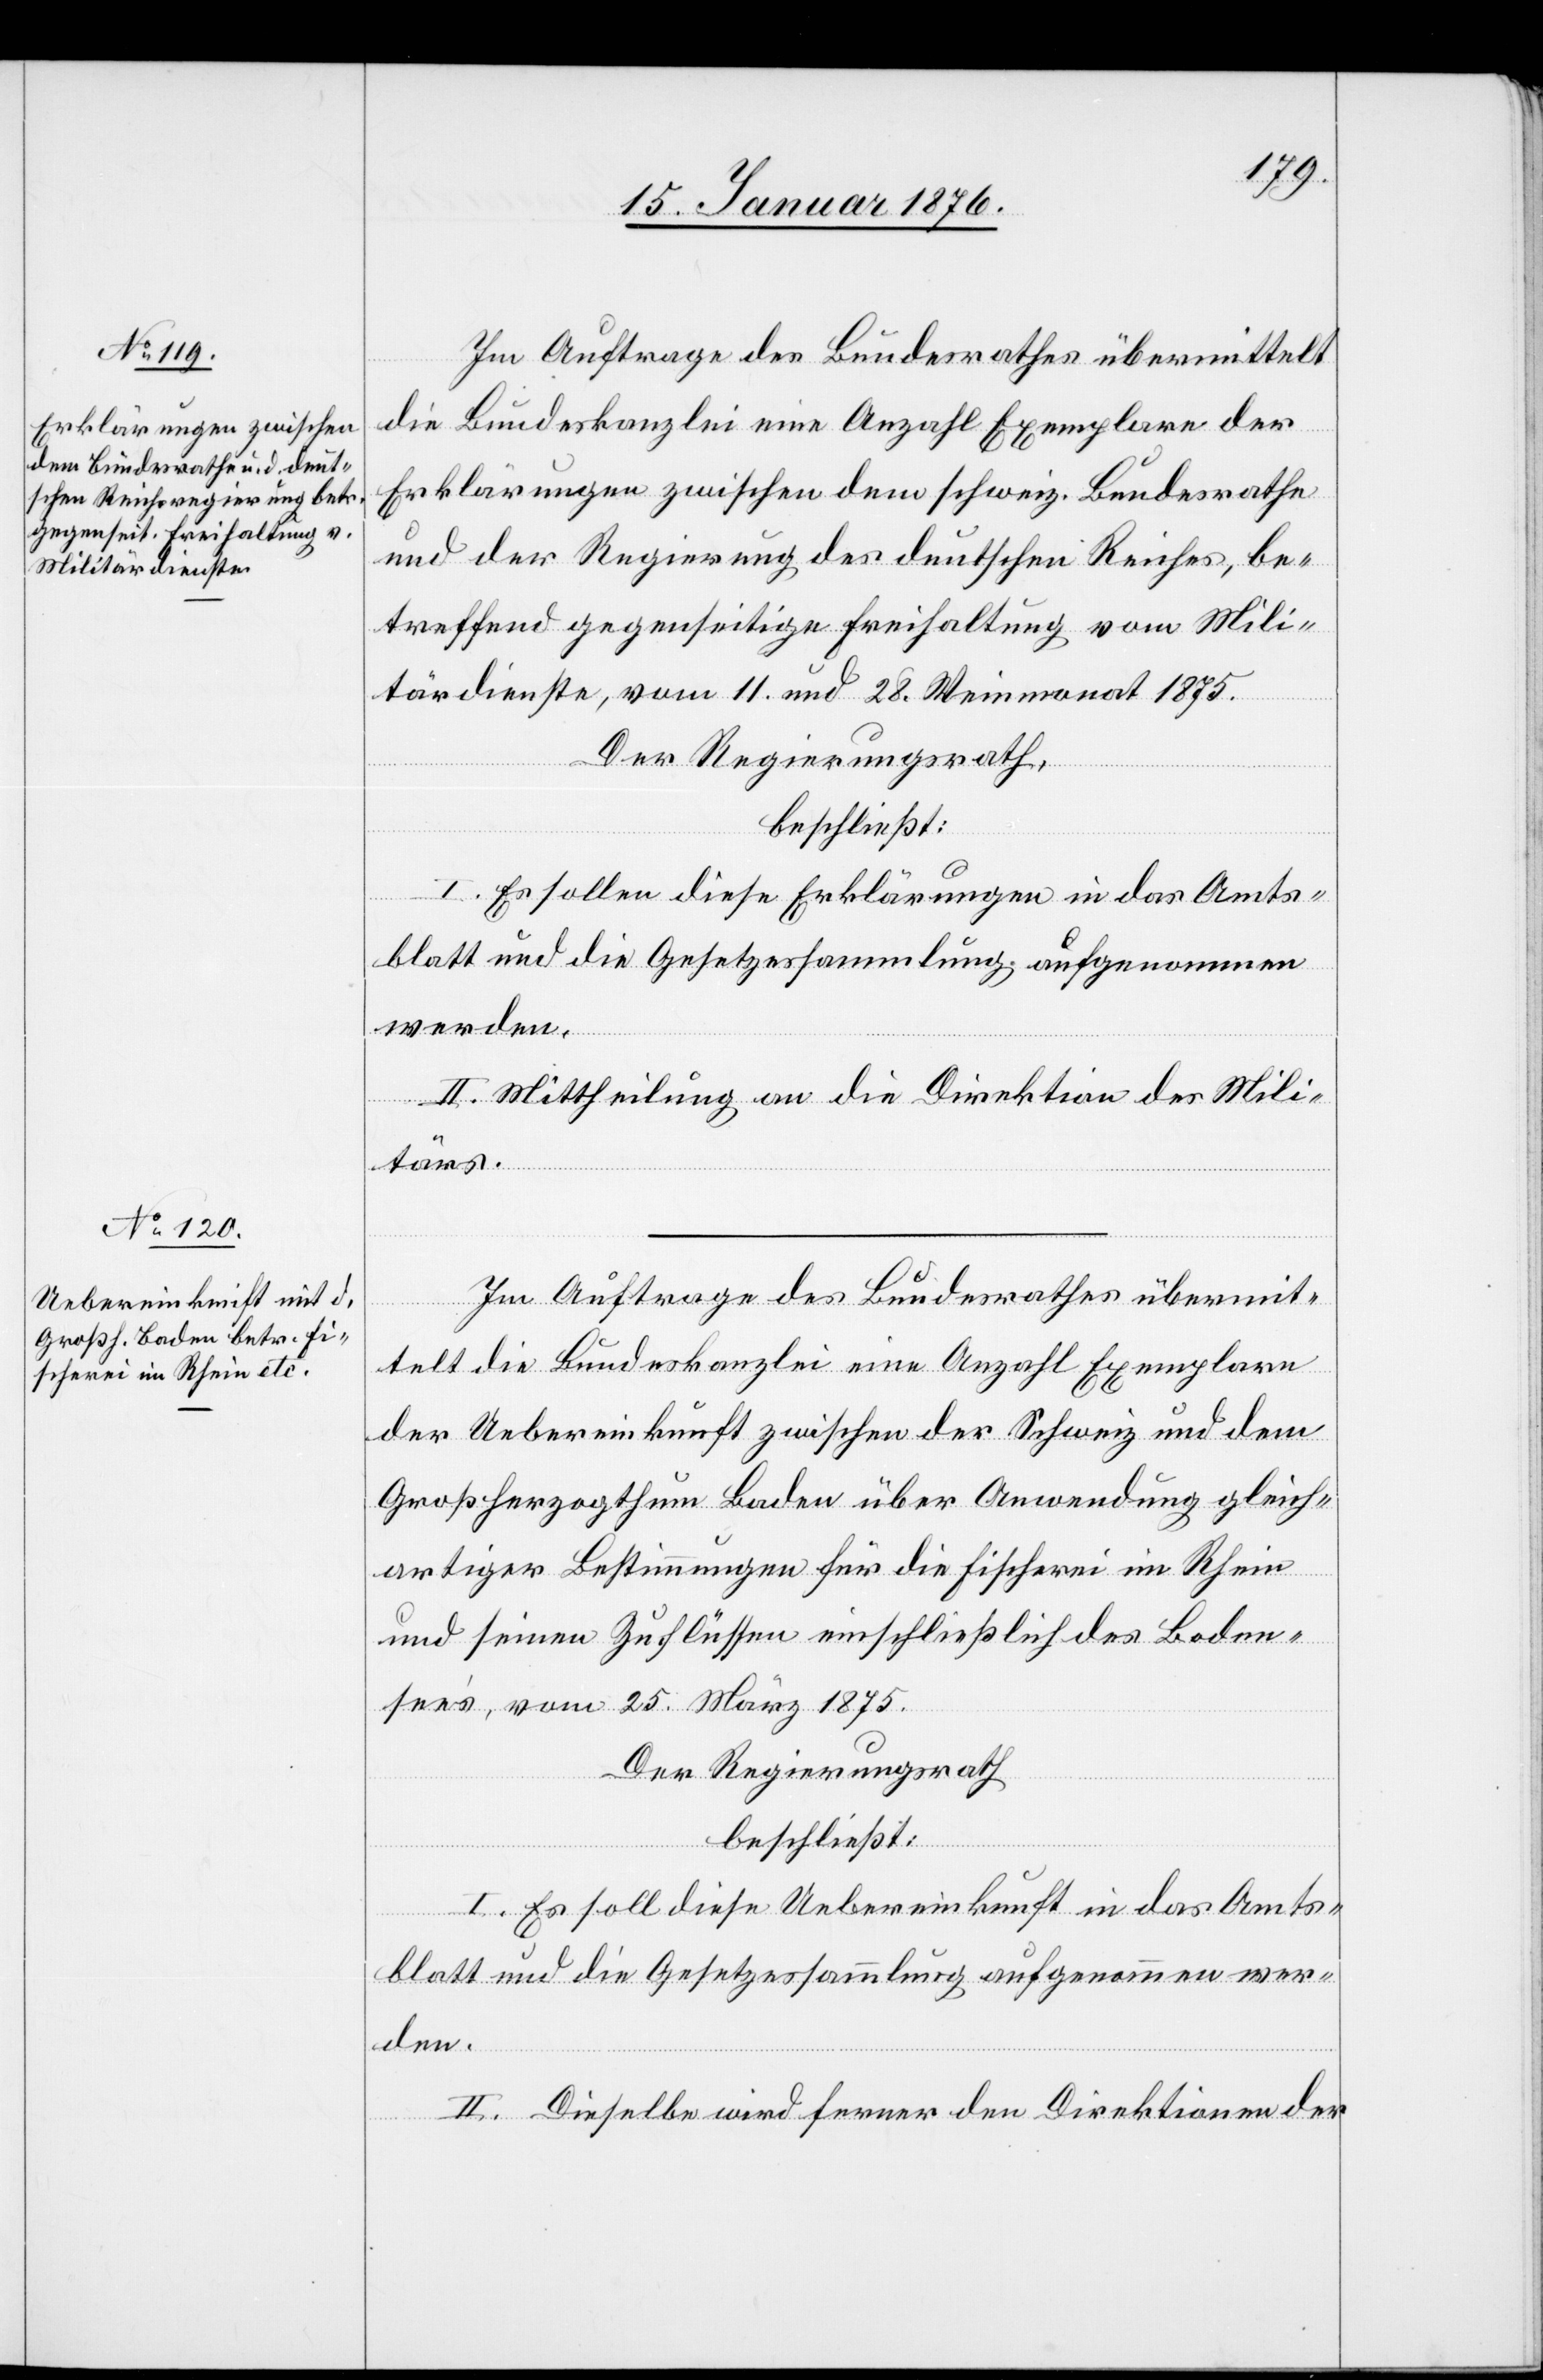
Im Auftrage des Bundesrathes übermittelt
die Bundeskanzlei eine Anzahl Exemplare der
Erklärungen zwischen dem schweiz. Bundesrathe
und der Regierung des deutschen Reiches, be¬
treffend gegenseitige Freihaltung vom Mili¬
tärdienste, vom 11. und 28. Weinmonat 1875.
Der Regierungsrath,
beschließt:
I. Es sollen diese Erklärungen in das Amts¬
blatt und die Gesetzessammlung aufgenommen
werden.
II. Mittheilung an die Direktion des Mili¬
tärs.
Im Auftrage des Bundesrathes übermit¬
telt die Bundeskanzlei eine Anzahl Exemplare
der Uebereinkunft zwischen der Schweiz und dem
Großherzogthum Baden über Anwendung gleich¬
artiger Bestimmungen für die Fischerei im Rhein
und seinen Zuflüssen einschließlich des Boden¬
see’s, vom 25. März 1875.
Der Regierungsrath
beschließt:
I. Es soll diese Uebereinkunft in das Amts¬
blatt und die Gesetzessammlung aufgenommen wer¬
den.
II. Dieselbe wird ferner den Direktionen der